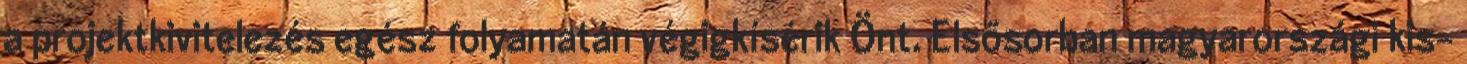
a projektkivitelezés egész folyamatán végigkísérik Önt. Elsősorban magyarországi kis-